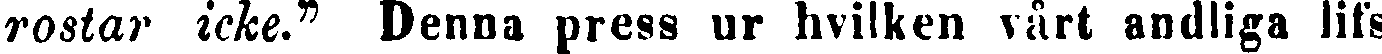
rostar icke." Denna press ur hvilken vårt andliga lifs